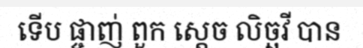
ទើប ផ្ចាញ់ ពួក ស្តេច លិច្ឆវី បាន